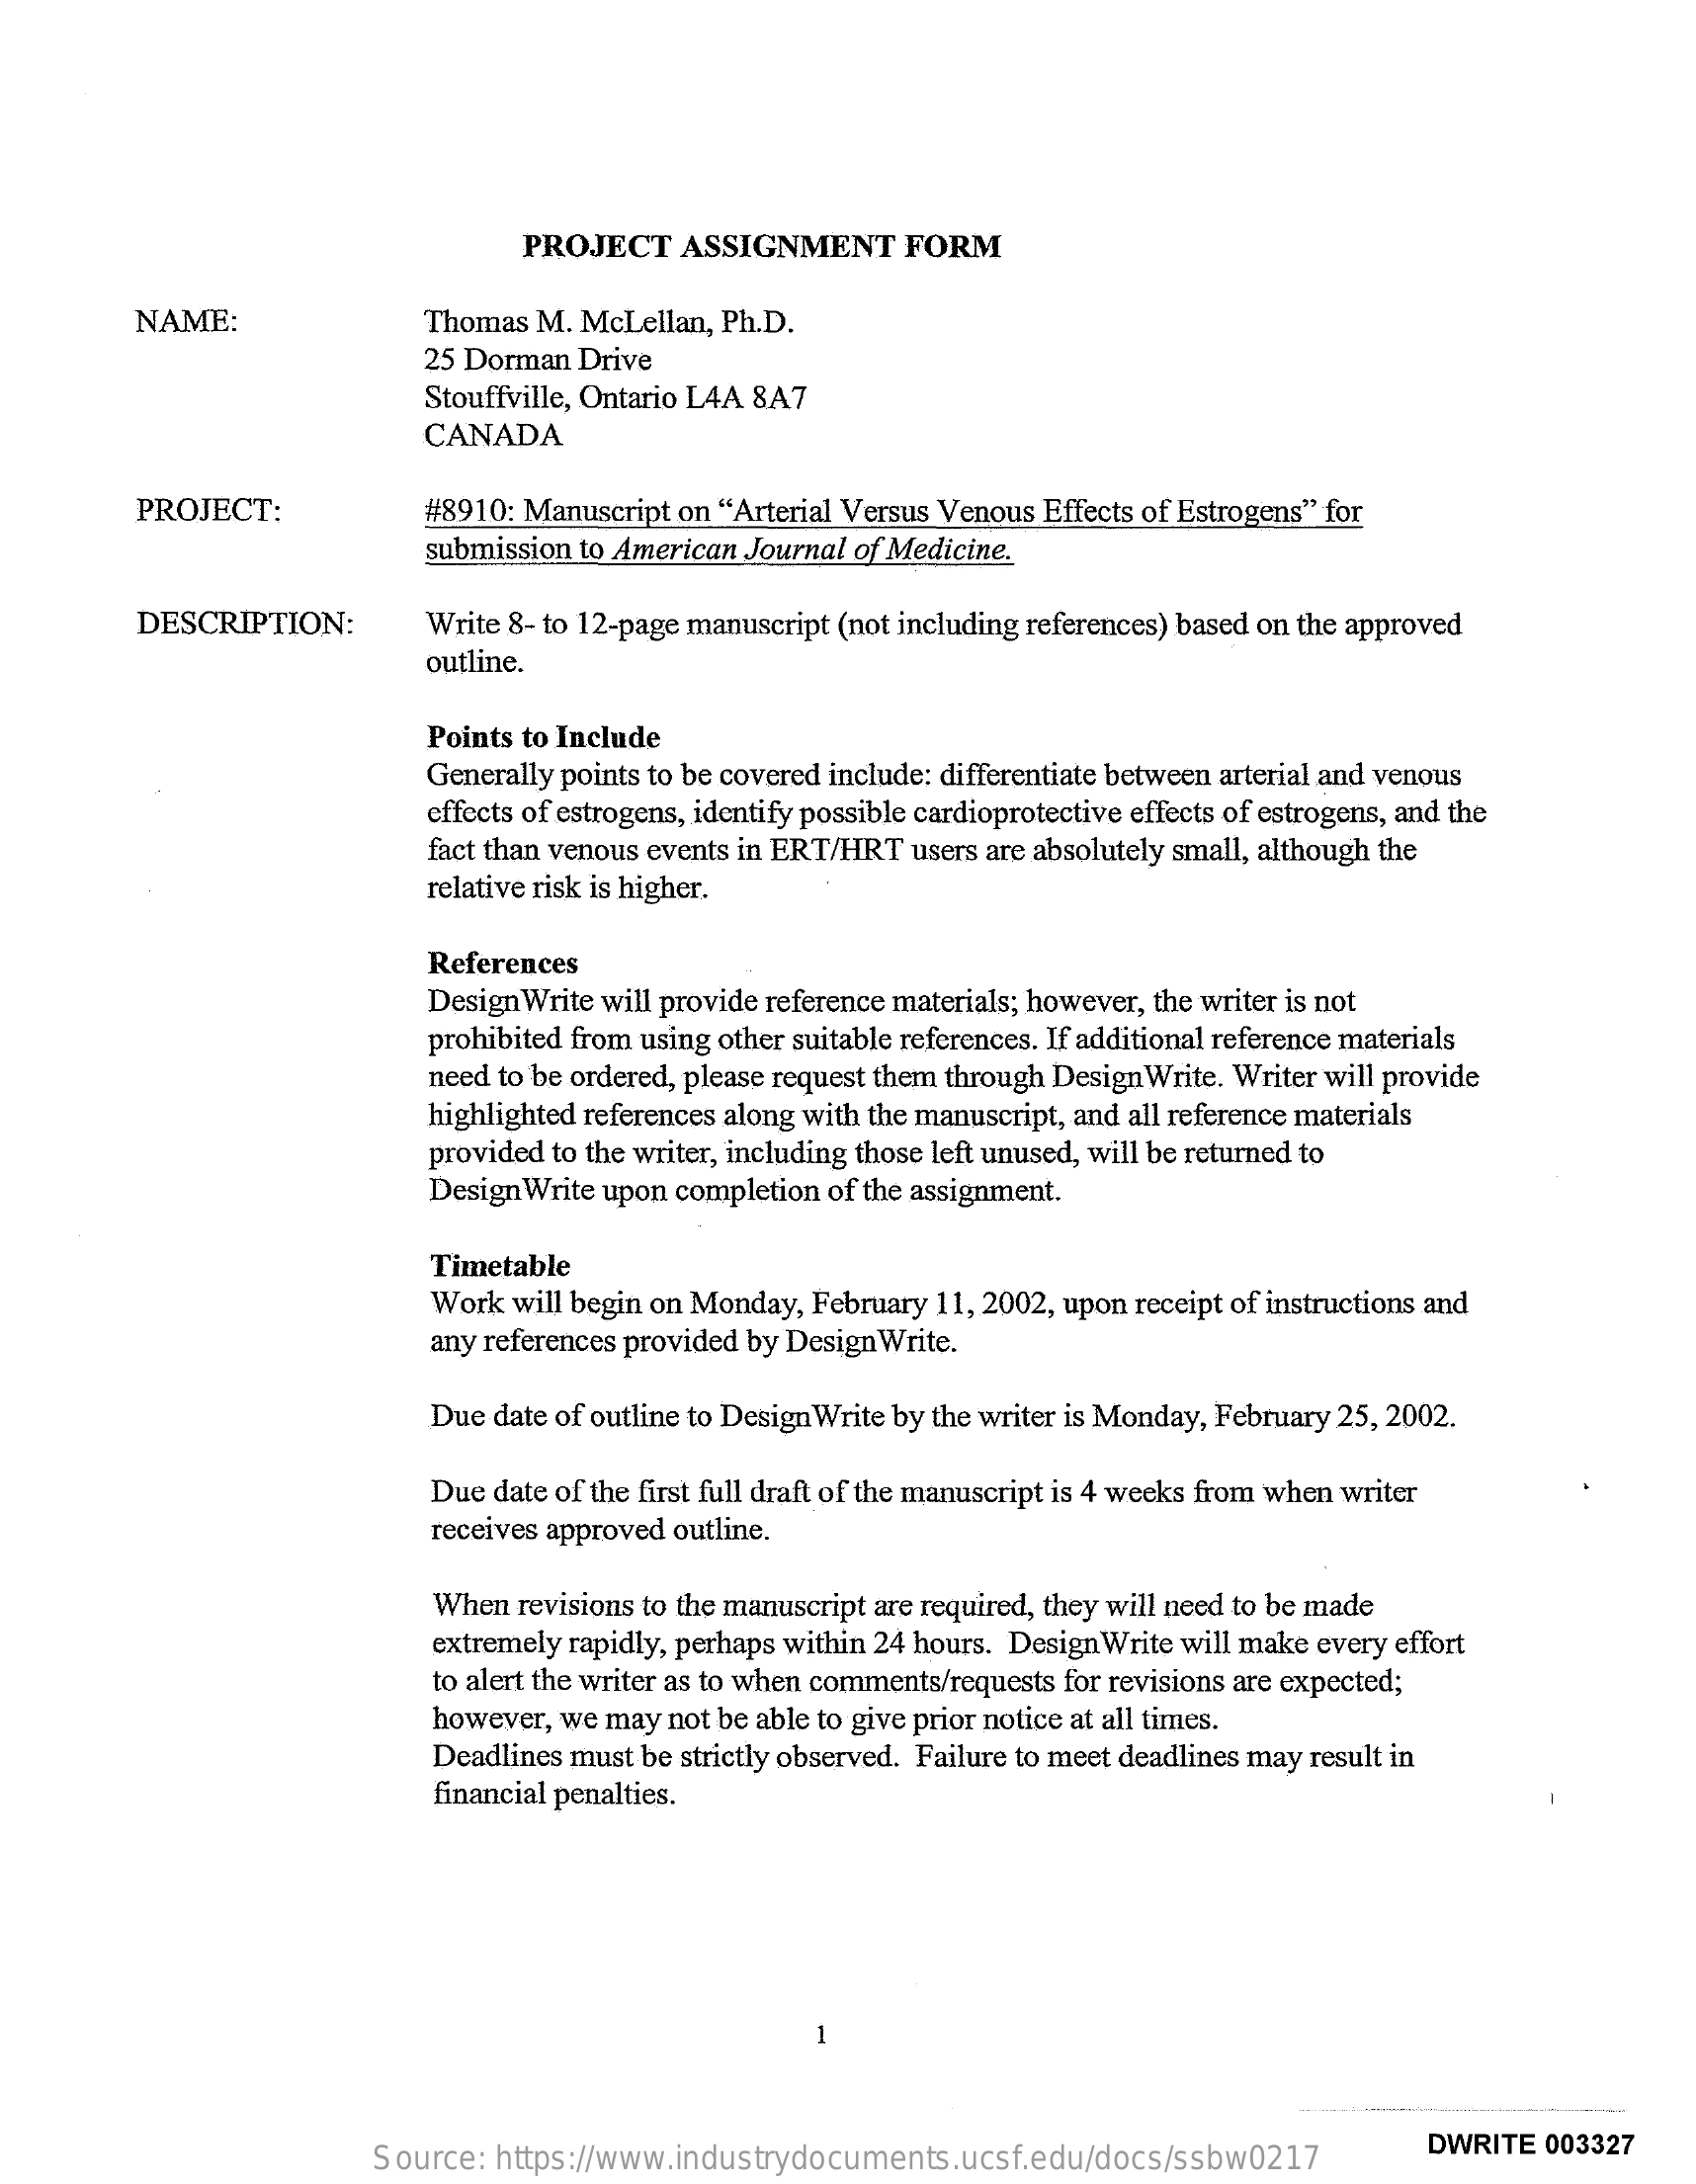
PROJECT  ASSIGNMENT   FORM
     NAME:    Thomas M. McLellan, Ph.D.
     25 Dorman Drive
     Stouffville, Ontario L4A 8A7
     CANADA
     PROJECT:    #8910: Manuscript on "Arterial Versus Venous Effects of Estrogens" for
     submission to American Journal of Medicine.
     DESCRIPTION:    Write 8- to 12-page manuscript (not including references) based on the approved
     outline.
     Points to Include
     Generally points to be covered include: differentiate between arterial and venous
     effects of estrogens, identify possible cardioprotective effects of estrogens, and the
     fact than venous events in ERT/HRT users are absolutely small, although the
     relative risk is higher.
     References
     Design Write will provide reference materials; however, the writer is not
     prohibited from using other suitable references. If additional reference materials
     need to be ordered, please request them through Design Write. Writer will provide
     highlighted references along with the manuscript, and all reference materials
     provided to the writer, including those left unused, will be returned to
     Design Write upon completion of the assignment.
     Timetable
     Work will begin on Monday, February 11, 2002, upon receipt of instructions and
     any references provided by Design Write.
     Due date of outline to Design Write by the writer is Monday, February 25, 2002.
     Due date of the first full draft of the manuscript is 4 weeks from when writer
     receives approved outline.
     When revisions to the manuscript are required, they will need to be made
     extremely rapidly, perhaps within 24 hours. Design Write will make every effort
     to alert the writer as to when comments/requests for revisions are expected;
     however, we may not be able to give prior notice at all times.
     Deadlines must be strictly observed. Failure to meet deadlines may result in
     financial penalties.
     -
     Source: https://www.industrydocuments.ucsf.edu/docs/ssbw0217
     DWRITE 003327